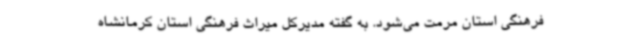
فرهنگی استان مرمت می‌شود. به گفته مدیرکل میراث فرهنگی استان کرمانشاه